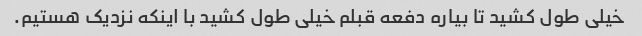
خیلی طول کشید تا بیاره دفعه قبلم خیلی طول کشید با اینکه نزدیک هستیم.